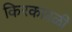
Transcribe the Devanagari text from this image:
किरकावळी